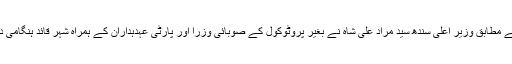
تفصیلات کے مطابق وزیر اعلیٰ سندھ سید مراد علی شاہ نے بغیر پروٹوکول کے صوبائی وزرا اور پارٹی عہدہداران کے ہمراہ شہر قائد ہنگامی دورے کیے۔